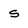
Character: S